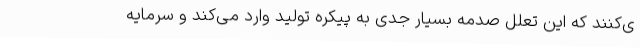
ی‌کنند که این تعلل صدمه بسیار جدی به پیکره تولید وارد می‌کند و سرمایه